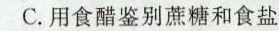
C.用食醋鉴别蔗糖和食盐